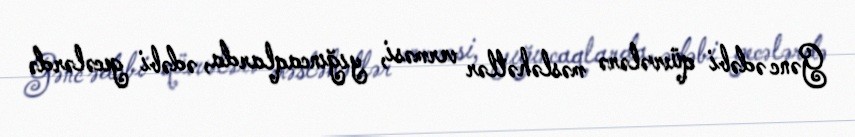
Gənc ədəbi qüvvələrə məsləhətlər verməsi, yığıncaqlarda, ədəbi gecələrdə